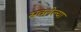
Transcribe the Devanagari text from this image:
स्रवलेल्या